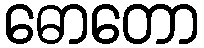
ဓောတော